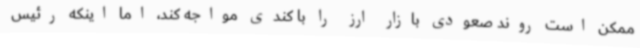
ممکن است روند صعودی بازار ارز را با کندی مواجه کند، اما اینکه رئیس